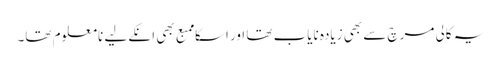
یہ کالی مرچ سے بھی زیادہ نایاب تھا اور اسکا ممبع بھی انکےلیے نامعلوم تھا۔